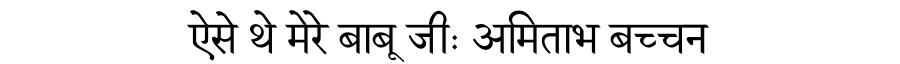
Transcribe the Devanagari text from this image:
ऐसे थे मेरे बाबू जीः अमिताभ बच्चन